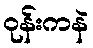
ဝုန်းကနဲ